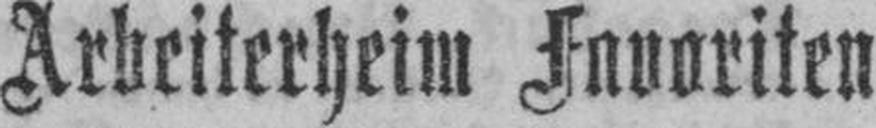
Arbeiterheim Favoriten